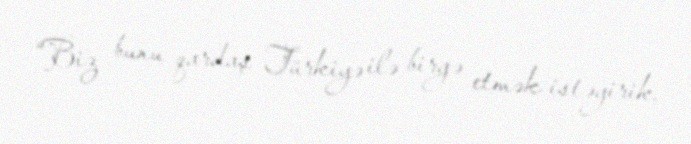
“Biz bunu qardaş Türkiyə ilə birgə etmək istəyirik.